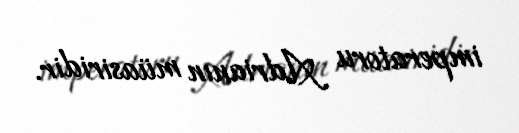
imperatoru Adrianın müasiridir.